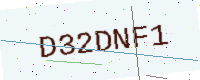
Text: D32DNF1